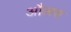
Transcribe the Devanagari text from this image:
औलस